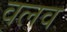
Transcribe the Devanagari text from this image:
वलव